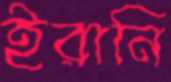
ইরানি